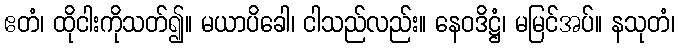
ဧတံ၊ ထိုငါးကိုသတ်၍။ မယာပိခေါ၊ ငါသည်လည်း။ နေဝဒိဋ္ဌံ၊ မမြင်အပ်။ နသုတံ၊